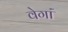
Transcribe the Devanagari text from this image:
वेगां